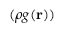
( \rho g ( { \bf r } ) )